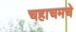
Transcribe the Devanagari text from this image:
चहाचमचे